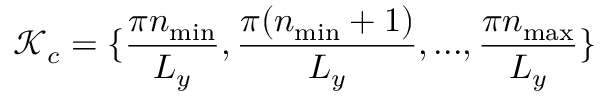
\mathcal { K } _ { c } = \{ \frac { \pi n _ { \mathrm { m i n } } } { L _ { y } } , \frac { \pi ( n _ { \mathrm { m i n } } + 1 ) } { L _ { y } } , . . . , \frac { \pi n _ { \mathrm { m a x } } } { L _ { y } } \}